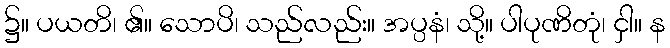
၌။ ပယတိ၊ ၏။ သောပိ၊ သည်လည်း။ အပ္ပနံ၊ သို့။ ပါပုဏိတုံ၊ ငှါ။ န